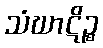
သံဃာဋိဉ္စ